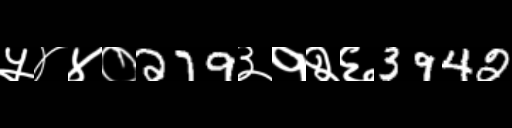
Text: ५४४०279३१२६3942